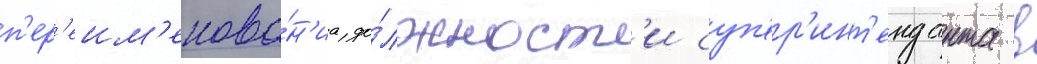
п'ер'еим'енова́н'иа до́лжност'и суп'ер'инт'енданта в